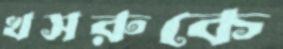
খসরুকে